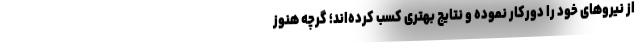
از نیروهای خود را دورکار نموده و نتایج بهتری کسب کرده‌اند؛ گرچه هنوز